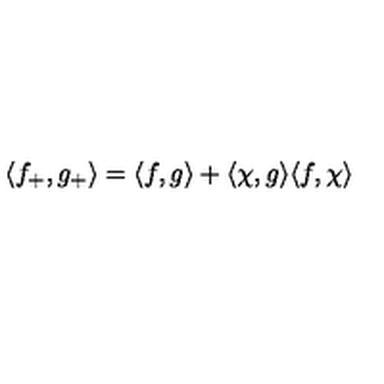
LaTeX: \langle f _ { + } , g _ { + } \rangle = \langle f , g \rangle + \langle \chi , g \rangle \langle f , \chi \rangle